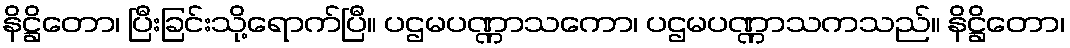
နိဋ္ဌိတော၊ ပြီးခြင်းသို့ရောက်ပြီ။ ပဌမပဏ္ဏာသကော၊ ပဌမပဏ္ဏာသကသည်။ နိဋ္ဌိတော၊